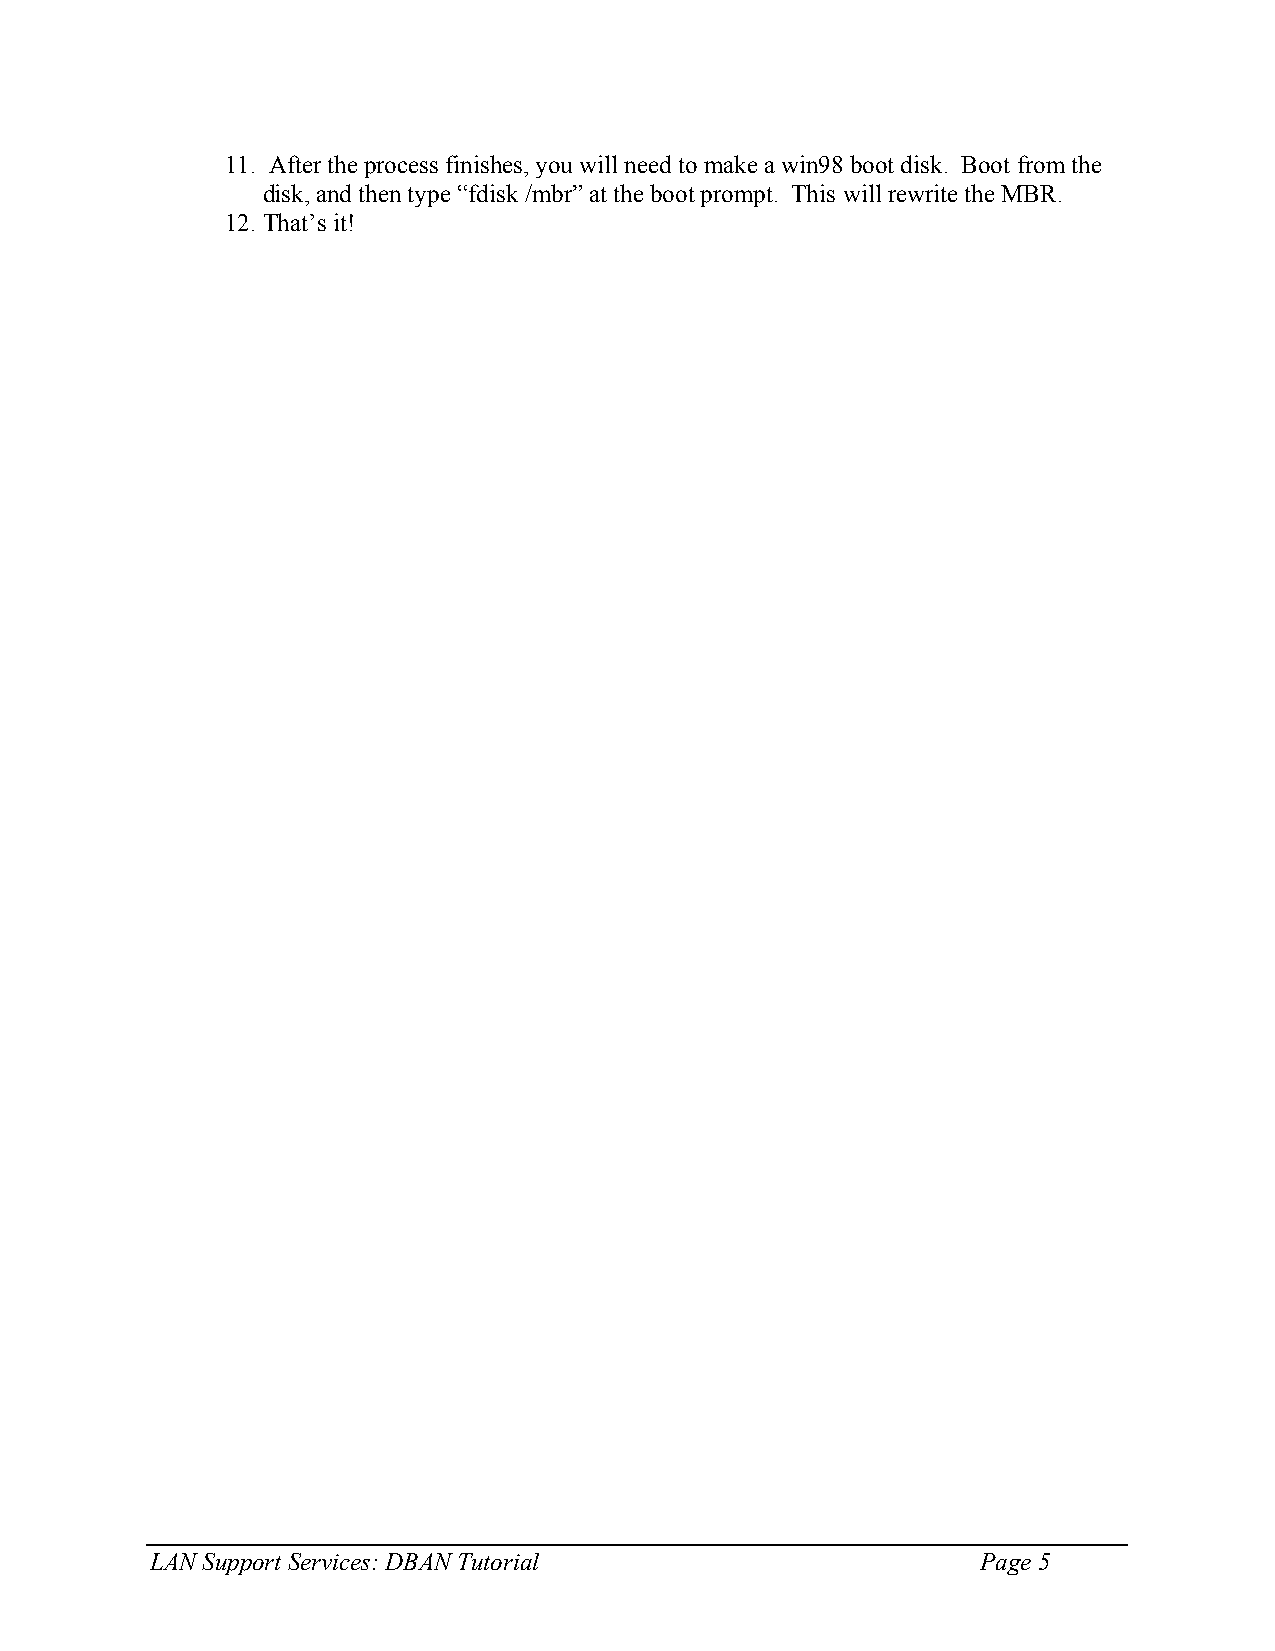
11. After the process finishes, you will need to make a win98 boot disk. Boot from the
 disk, and then type “fdisk /mbr” at the boot prompt. This will rewrite the MBR.
 12. That’s it!
 LAN Support Services: DBAN Tutorial                    Page 5